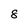
Character: 8